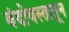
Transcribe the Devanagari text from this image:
बंदोवस्तातून